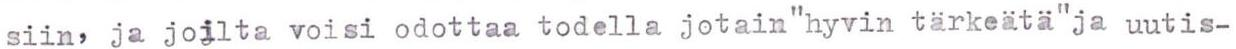
siin, ja joilta voisi odottaa todella jotain"hyvin tärkeätä"ja uutis-